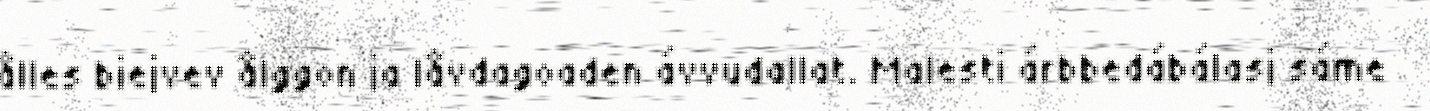
ålles biejvev ålggon ja låvdagoaden ávvudallat. Malesti árbbedábálasj sáme